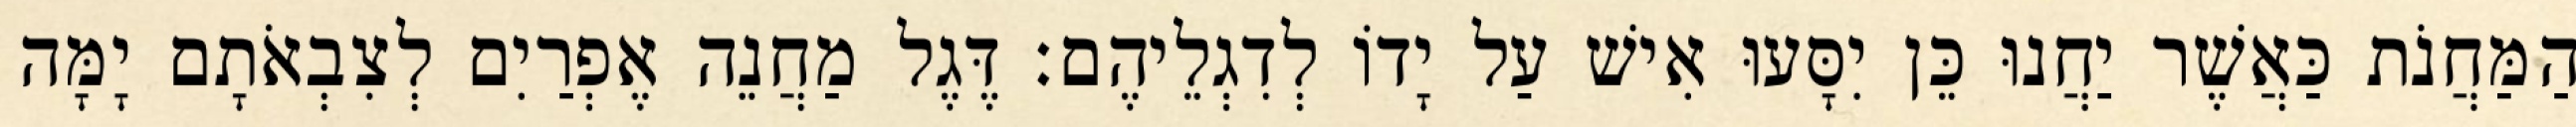
הַמַּחֲנֹת כַּאֲשֶׁר יַחֲנוּ כֵּן יִסָּעוּ אִישׁ עַל יָדוֹ לְדִגְלֵיהֶם׃ דֶּגֶל מַחֲנֵה אֶפְרַיִם לְצִבְאֹתָם יָמָּה